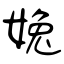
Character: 婏